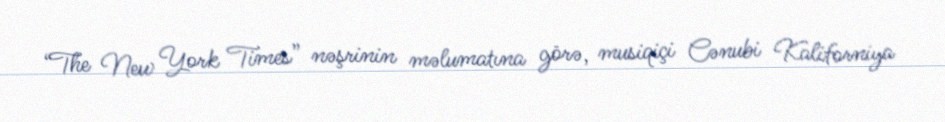
“The New York Times” nəşrinin məlumatına görə, musiqiçi Cənubi Kaliforniya